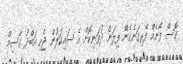
ގޮސް ފޯނެއް ފޭރިގަނެގެން ފިލަން ދުވަނިކޮށް އެ ސައިކަލުން ޖެހި އަބްދު ގާސިމް